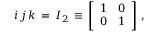
~ i \, j \, k \, = \, I _ { 2 } \, \equiv \, { \left[ \begin{array} { l l } { 1 } & { 0 } \\ { 0 } & { 1 } \end{array} \right] } ~ ,